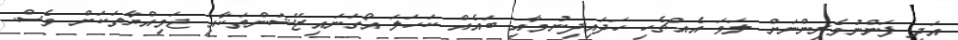
އަދި ފަންނުވެރިންނަށް ލަވަ އެއްޗެހި ހަދައިދިނުމާއި ބައެއް ކަހަލަ އޯގަނައިޒޭޝަންތަކާއި ޖަމިއްޔާތަކަށް ވެސް.